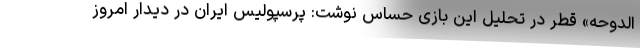
الدوحه» قطر در تحلیل این بازی حساس نوشت: پرسپولیس ایران در دیدار امروز